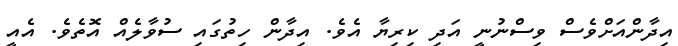
އިދާންއަށްވެސް ވިސްނުނީ އަދި ކިރިޔާ އެވެ. އިދާން ހިތުގައި ސުވާލެއް އޮތެވެ. އެއީ